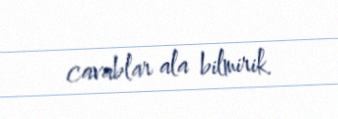
cavablar ala bilmirik.